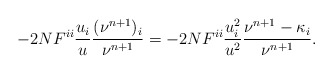
\begin{align*}-2N F^{ii}\frac{u_i}{u} \frac{(\nu^{n+1})_i}{\nu^{n+1}}=-2N F^{ii}\frac{u_i^2}{u^2} \frac{\nu^{n+1}-\kappa_i}{\nu^{n+1}}.\end{align*}